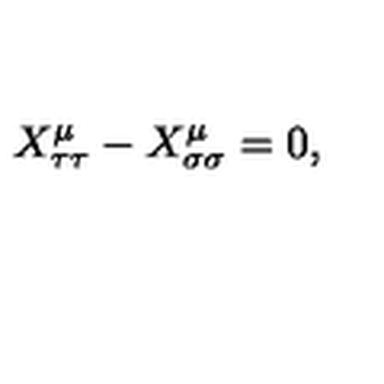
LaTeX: X _ { \tau \tau } ^ { \mu } - X _ { \sigma \sigma } ^ { \mu } = 0 ,